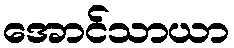
အောင်သာယာ